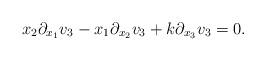
LaTeX: \begin{align*}x_2\partial_{x_1}v_3-x_1\partial_{x_2}v_3+k\partial_{x_3}v_3=0.\end{align*}